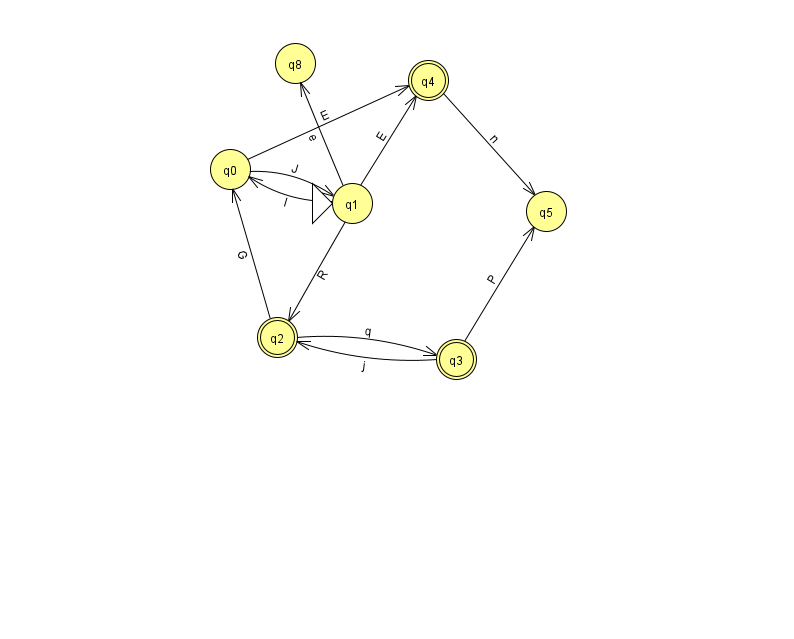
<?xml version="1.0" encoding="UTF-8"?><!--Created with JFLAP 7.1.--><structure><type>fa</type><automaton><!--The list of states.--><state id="0" name="q0"><x>230.0</x><y>156.0</y></state><state id="1" name="q1"><x>352.0</x><y>190.0</y><initial/></state><state id="2" name="q2"><x>277.0</x><y>324.0</y><final/></state><state id="3" name="q3"><x>456.0</x><y>346.0</y><final/></state><state id="4" name="q4"><x>428.0</x><y>67.0</y><final/></state><state id="5" name="q5"><x>546.0</x><y>198.0</y></state><state id="8" name="q8"><x>295.0</x><y>50.0</y></state><!--The list of transitions.--><transition><from>0</from><to>4</to><read>E</read></transition><transition><from>1</from><to>2</to><read>R</read></transition><transition><from>2</from><to>0</to><read>G</read></transition><transition><from>1</from><to>8</to><read>e</read></transition><transition><from>3</from><to>2</to><read>j</read></transition><transition><from>1</from><to>4</to><read>E</read></transition><transition><from>3</from><to>5</to><read>P</read></transition><transition><from>2</from><to>3</to><read>q</read></transition><transition><from>1</from><to>0</to><read>I</read></transition><transition><from>0</from><to>1</to><read>J</read></transition><transition><from>4</from><to>5</to><read>n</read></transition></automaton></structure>